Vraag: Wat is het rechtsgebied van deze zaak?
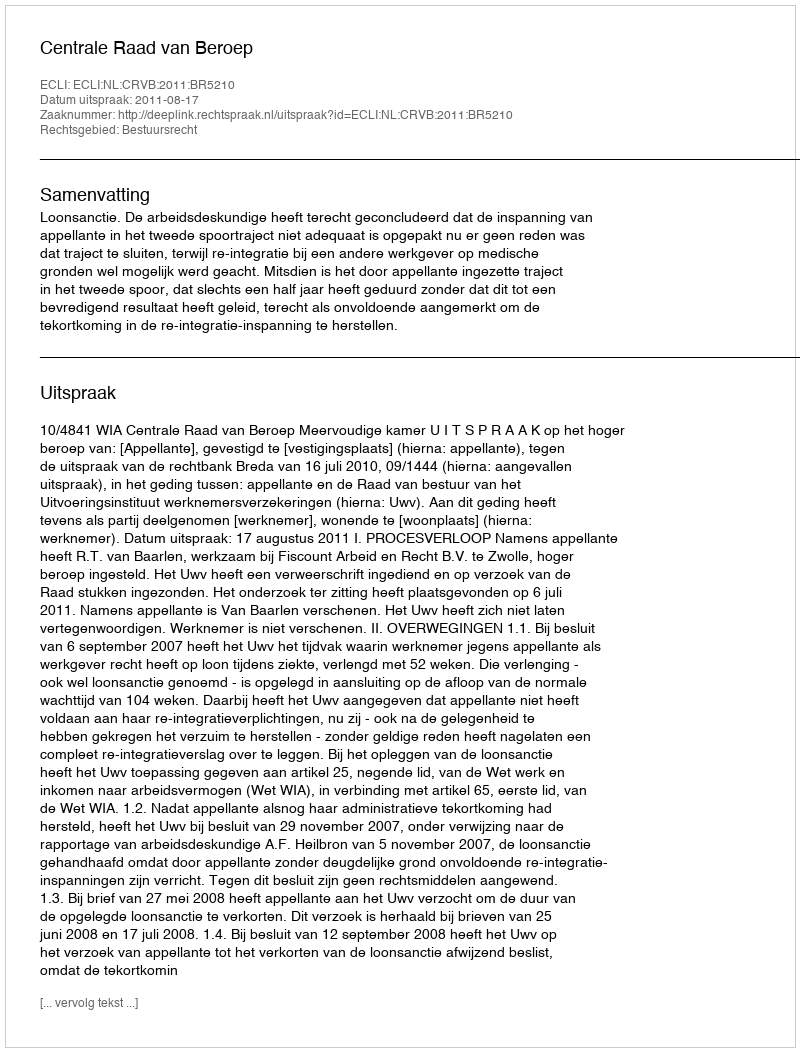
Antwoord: Bestuursrecht